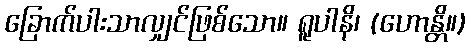
ခြောက်ပါးသာလျှင်ဖြစ်သော။ ရူပါနိ၊ (ဟောန္တိ။)